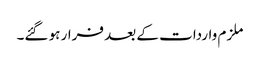
ملزم واردات کے بعد فرار ہو گئے۔